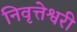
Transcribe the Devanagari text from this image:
निवृत्तेश्वरी